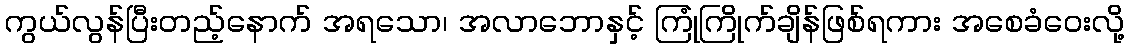
ကွယ်လွန်ပြီးတည့်နောက် အရသော၊ အလာဘောနှင့် ကြုံကြိုက်ချိန်ဖြစ်ရကား အစေခံဝေးလို့